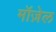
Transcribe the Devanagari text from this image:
मॉज़ेल